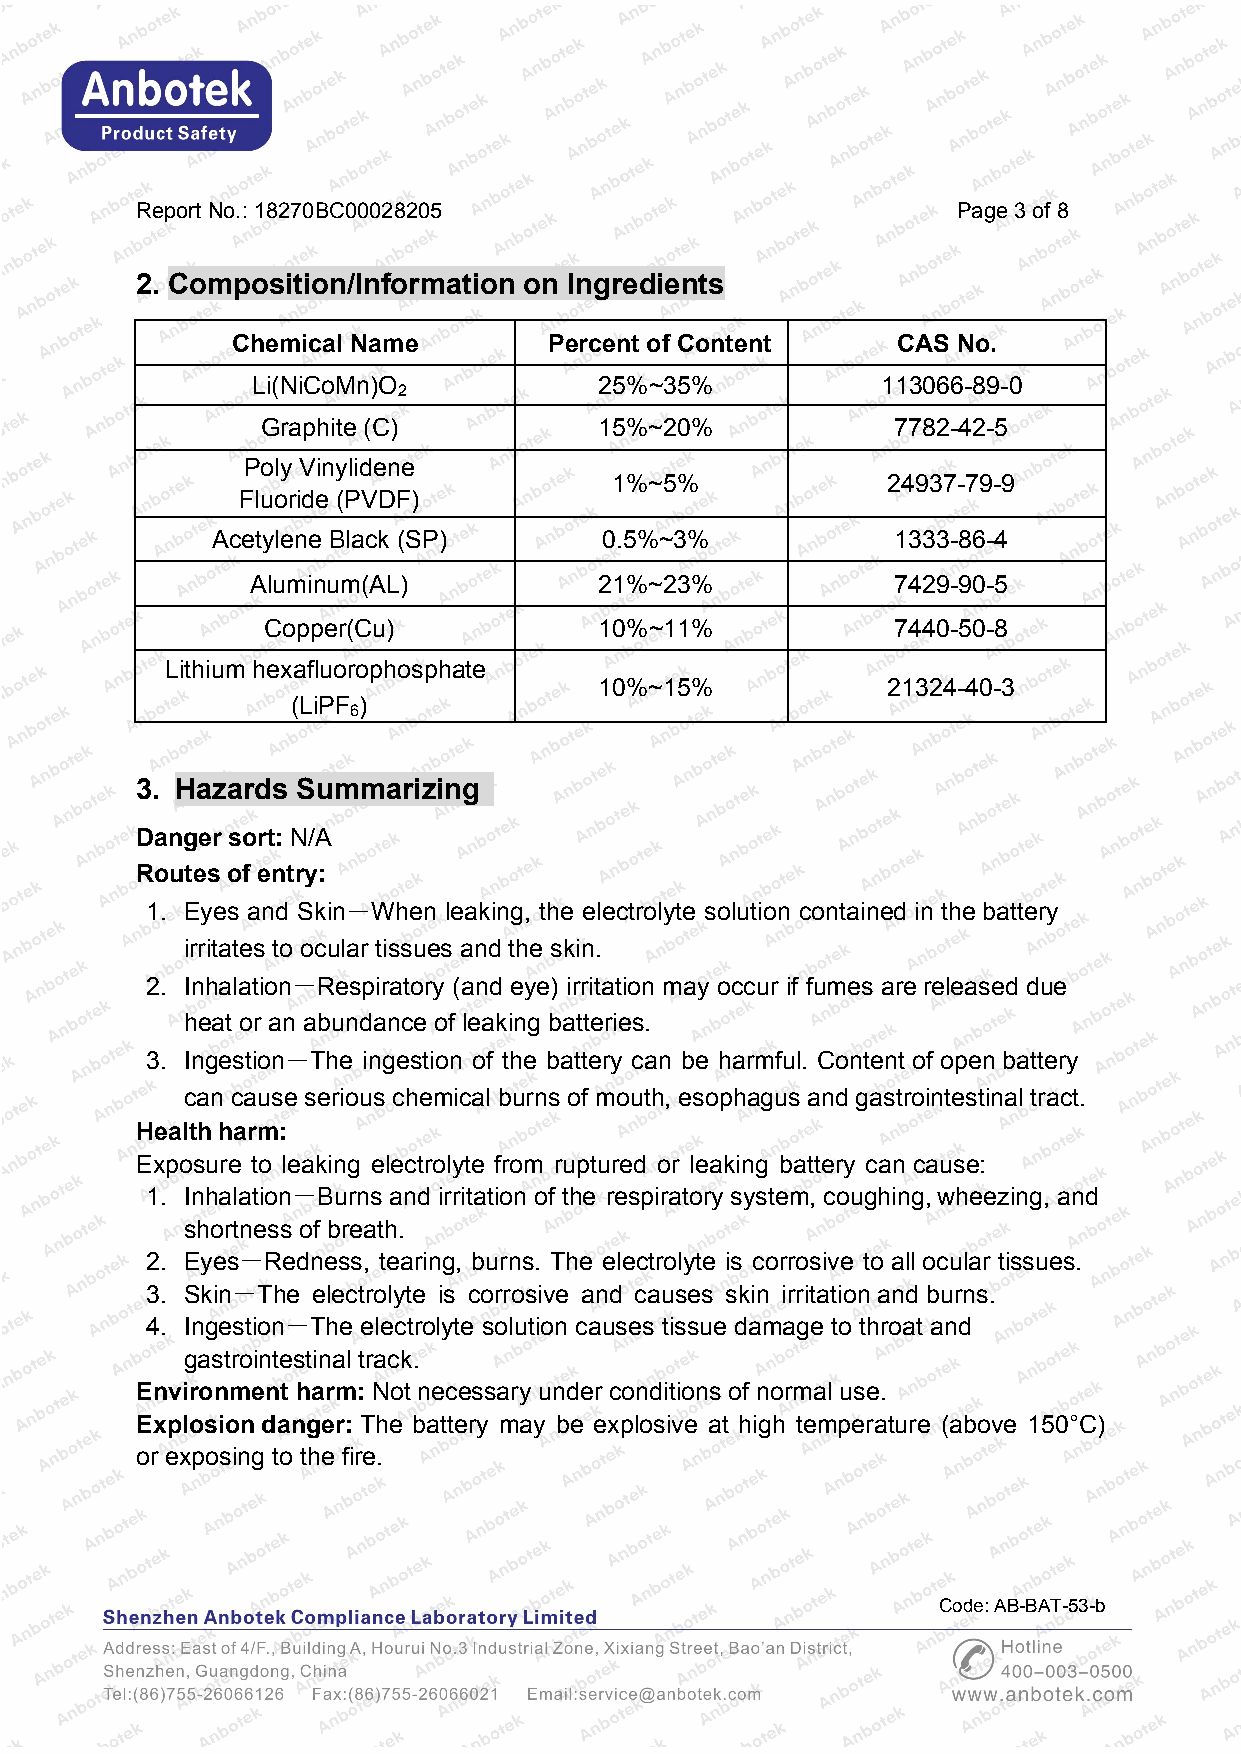
ReportNo.:18270BC00028205                             Page 3of8
 2. Composition/Information on Ingredients
 Chemical Name        Percent of Content     CAS No.
 Li(NiCoMn)O            25%~35%           113066-89-0
 2
 Graphite (C)           15%~20%            7782-42-5
 Poly Vinylidene
 1%~5%             24937-79-9
 Fluoride (PVDF)
 Acetylene Black (SP)      0.5%~3%            1333-86-4
 Aluminum(AL)           21%~23%            7429-90-5
 Copper(Cu)             10%~11%            7440-50-8
 Lithium hexafluorophosphate
 10%~15%            21324-40-3
 (LiPF )
 6
 3. Hazards Summarizing
 Dangersort: N/A
 Routesof entry:
 1. Eyes and Skin－When leaking, the electrolyte solution contained in the battery
 irritates to ocular tissues and the skin.
 2. Inhalation－Respiratory (and eye) irritation may occur if fumes arereleased due
 heat or an abundance of leaking batteries.
 3. Ingestion－The ingestion of the battery can be harmful. Content of open battery
 can cause serious chemical burns of mouth, esophagusand gastrointestinal tract.
 Healthharm:
 Exposure to leaking electrolyte from ruptured or leaking battery can cause:
 1. Inhalation－Burns and irritation of the respiratory system, coughing,wheezing, and
 shortness of breath.
 2. Eyes－Redness, tearing, burns. The electrolyte is corrosive to all ocular tissues.
 3. Skin－The electrolyte is corrosive and causes skin irritation and burns.
 4. Ingestion－The electrolyte solution causes tissue damage to throat and
 gastrointestinal track.
 Environment harm: Notnecessary under conditions of normal use.
 Explosiondanger: The battery may be explosive at high temperature (above 150°C)
 or exposing to the fire.
 Code:AB-BAT-53-b